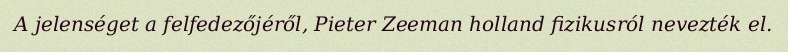
A jelenséget a felfedezőjéről, Pieter Zeeman holland fizikusról nevezték el.